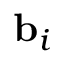
{ \bf b } _ { i }